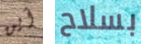
أين بسلاح